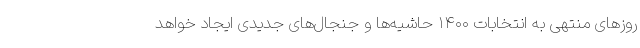
روزهای منتهی به انتخابات ۱۴۰۰ حاشیه‌ها و جنجال‌های جدیدی ایجاد خواهد